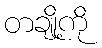
တချို့ကို